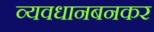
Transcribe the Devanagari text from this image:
व्यवधानबनकर